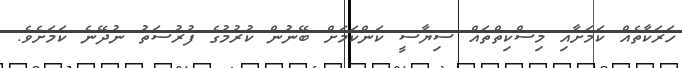
ހަރަކާތެއް ކަމަށާއި މިސްކިތްތައް ސިޔާސީ ކަންކަމަށް ބޭނުން ކުރުމުގެ ފުރުސަތު ނުދޭނެ ކަމަށެވެ.